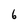
Character: 6